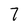
Character: 7